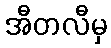
အီတလီမှ